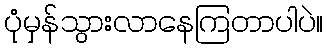
ပုံမှန်သွားလာနေကြတာပါပဲ။